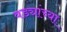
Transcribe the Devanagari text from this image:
वड्यांच्या